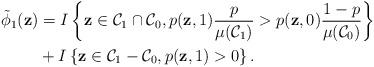
LaTeX: \begin{align*}\tilde{\phi}_{1}(\textbf{z})&= I \left\lbrace \textbf{z} \in \mathcal{C}_{1} \cap \mathcal{C}_{0}, p(\textbf{z},1) \dfrac{p}{\mu{(\mathcal{C}_{1})}} > p(\textbf{z},0) \dfrac{1-p}{\mu{(\mathcal{C}_{0})}} \right\rbrace \\&+ I \left\lbrace \textbf{z} \in \mathcal{C}_{1} - \mathcal{C}_{0}, p(\textbf{z},1)>0 \right\rbrace.\end{align*}